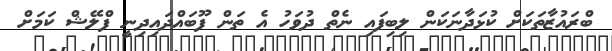
ބްރައުޒާތަކަށް ކުޅަދާނަކަން ލިބިފައި ނެތް ދުވަހު އެ ތަން ފޫބައްދައިދިނީ ފްލޭޝް ކަމަށް